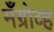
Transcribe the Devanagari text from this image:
मँग्रोव्ह